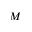
M